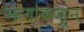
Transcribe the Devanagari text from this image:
भागांकडून